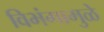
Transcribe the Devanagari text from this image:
विभंगामुळे